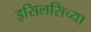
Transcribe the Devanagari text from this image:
इसिलसिच्या